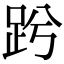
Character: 𧿝